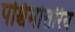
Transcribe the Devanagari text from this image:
पश्चिमोत्तरिय